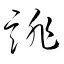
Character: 誹